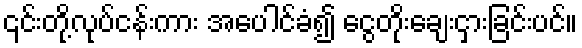
၎င်းတို့လုပ်ငန်းကား အပေါင်ခံ၍ ငွေတိုးချေးငှားခြင်းပင်။